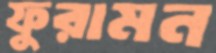
ফুরামন